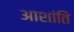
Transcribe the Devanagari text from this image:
आशांति